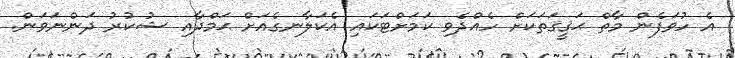
އެ ހުވަފެން މާތް ޙަޤީޤަތަކަށް ހެއްދެވި ކަމަށްޓަކައި އެކަލާނގެއަށް ޙަމްދާއި ޝުކުރު ދަންނަވަން.